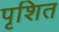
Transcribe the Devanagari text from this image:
पृशित